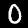
Digit: 0